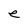
Character: e